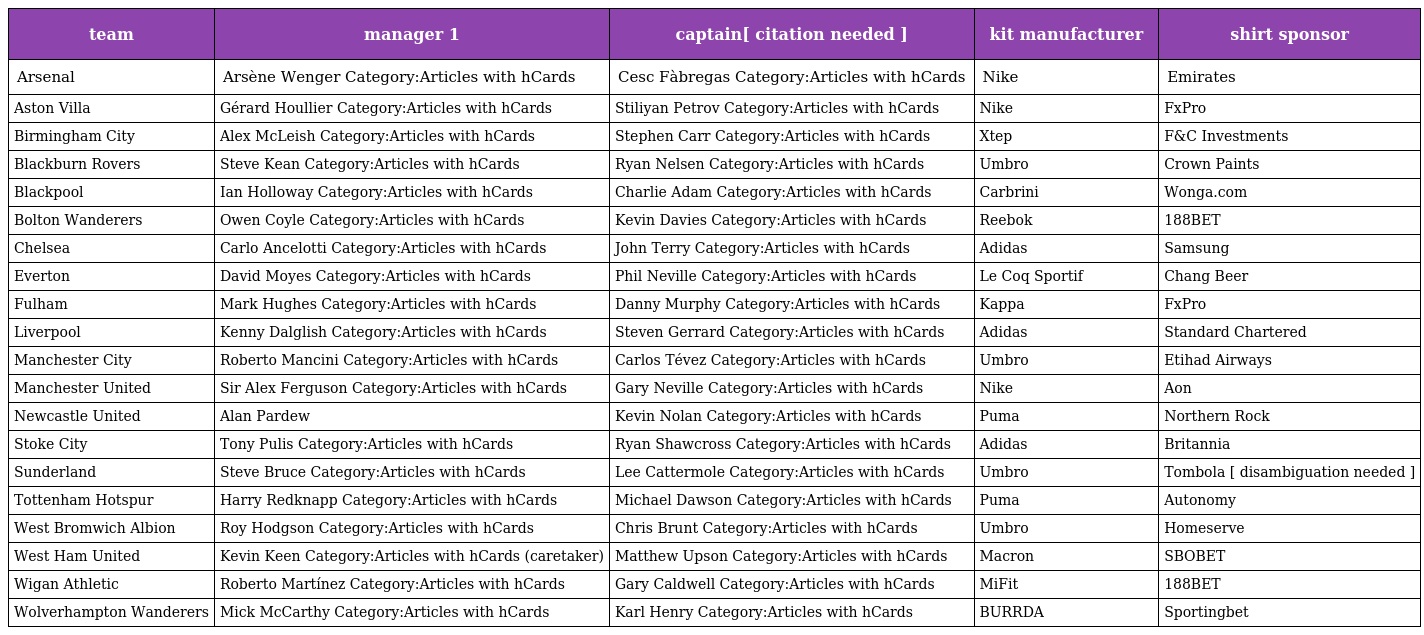
| team | manager 1 | captain[ citation needed ] | kit manufacturer | shirt sponsor |
 | --- | --- | --- | --- | --- |
 | Arsenal | Arsène Wenger Category:Articles with hCards | Cesc Fàbregas Category:Articles with hCards | Nike | Emirates |
 | Aston Villa | Gérard Houllier Category:Articles with hCards | Stiliyan Petrov Category:Articles with hCards | Nike | FxPro |
 | Birmingham City | Alex McLeish Category:Articles with hCards | Stephen Carr Category:Articles with hCards | Xtep | F&C Investments |
 | Blackburn Rovers | Steve Kean Category:Articles with hCards | Ryan Nelsen Category:Articles with hCards | Umbro | Crown Paints |
 | Blackpool | Ian Holloway Category:Articles with hCards | Charlie Adam Category:Articles with hCards | Carbrini | Wonga.com |
 | Bolton Wanderers | Owen Coyle Category:Articles with hCards | Kevin Davies Category:Articles with hCards | Reebok | 188BET |
 | Chelsea | Carlo Ancelotti Category:Articles with hCards | John Terry Category:Articles with hCards | Adidas | Samsung |
 | Everton | David Moyes Category:Articles with hCards | Phil Neville Category:Articles with hCards | Le Coq Sportif | Chang Beer |
 | Fulham | Mark Hughes Category:Articles with hCards | Danny Murphy Category:Articles with hCards | Kappa | FxPro |
 | Liverpool | Kenny Dalglish Category:Articles with hCards | Steven Gerrard Category:Articles with hCards | Adidas | Standard Chartered |
 | Manchester City | Roberto Mancini Category:Articles with hCards | Carlos Tévez Category:Articles with hCards | Umbro | Etihad Airways |
 | Manchester United | Sir Alex Ferguson Category:Articles with hCards | Gary Neville Category:Articles with hCards | Nike | Aon |
 | Newcastle United | Alan Pardew | Kevin Nolan Category:Articles with hCards | Puma | Northern Rock |
 | Stoke City | Tony Pulis Category:Articles with hCards | Ryan Shawcross Category:Articles with hCards | Adidas | Britannia |
 | Sunderland | Steve Bruce Category:Articles with hCards | Lee Cattermole Category:Articles with hCards | Umbro | Tombola [ disambiguation needed ] |
 | Tottenham Hotspur | Harry Redknapp Category:Articles with hCards | Michael Dawson Category:Articles with hCards | Puma | Autonomy |
 | West Bromwich Albion | Roy Hodgson Category:Articles with hCards | Chris Brunt Category:Articles with hCards | Umbro | Homeserve |
 | West Ham United | Kevin Keen Category:Articles with hCards (caretaker) | Matthew Upson Category:Articles with hCards | Macron | SBOBET |
 | Wigan Athletic | Roberto Martínez Category:Articles with hCards | Gary Caldwell Category:Articles with hCards | MiFit | 188BET |
 | Wolverhampton Wanderers | Mick McCarthy Category:Articles with hCards | Karl Henry Category:Articles with hCards | BURRDA | Sportingbet |